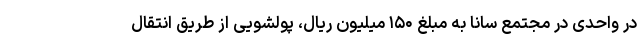
در واحدی در مجتمع سانا به مبلغ ۱۵۰ میلیون ریال، پولشویی از طریق انتقال